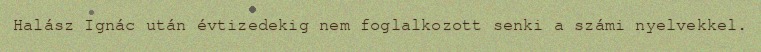
Halász Ignác után évtizedekig nem foglalkozott senki a számi nyelvekkel.